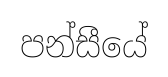
පන්සීයේ